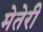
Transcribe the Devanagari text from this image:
मेतेरी